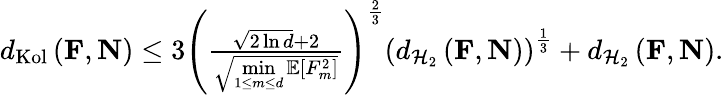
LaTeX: \begin{array}{r}{d_{\textup{Kol}}\left(\mathbf{F},\mathbf{N}\right)\leq 3\left(\frac{\sqrt{2\ln d}+2}{\sqrt{\underset{1\leq m\leq d}{\operatorname*{min}}\mathbb{E}[F_{m}^{2}]}}\right)^{\frac{2}{3}}\left(d_{\mathcal{H}_{2}}\left(\mathbf{F},\mathbf{N}\right)\right)^{\frac{1}{3}}+d_{\mathcal{H}_{2}}\left(\mathbf{F},\mathbf{N}\right).}\end{array}